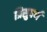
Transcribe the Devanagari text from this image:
त्रिसुपर्ण